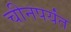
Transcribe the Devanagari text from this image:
चीनपर्यंत